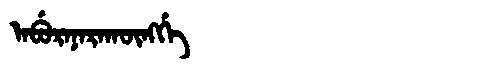
Manchu: ᠠᠪᡠᡵᠠᠨᠠᡵᠠᡴᡡᠩᡤᡝ
Romanization: ABURANARAKŪNGGE